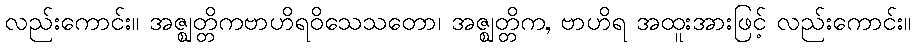
လည်းကောင်း။ အဇ္ဈတ္တိကဗာဟိရဝိသေသတော၊ အဇ္ဈတ္တိက, ဗာဟိရ အထူးအားဖြင့် လည်းကောင်း။